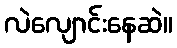
လဲလျောင်းနေဆဲ။